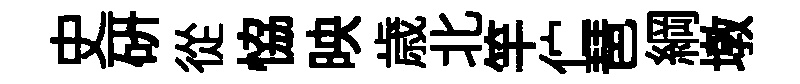
史硏從恊映歳北竿伫琶綱墩